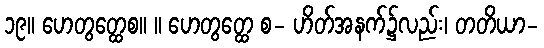
၁၉။ ဟေတွတ္ထေစ။ ။ ဟေတွတ္ထေ စ- ဟိတ်အနက်၌လည်း၊ တတိယာ-